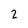
Character: 2